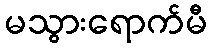
မသွားရောက်မီ